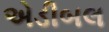
એડીબલ